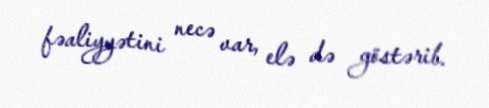
fəaliyyətini necə var, elə də göstərib.